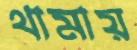
থামায়